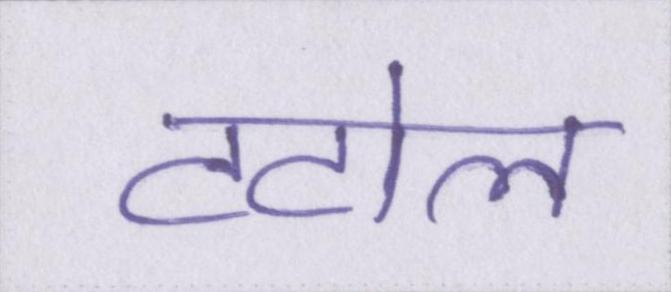
टटोल